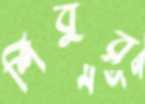
শিবুর